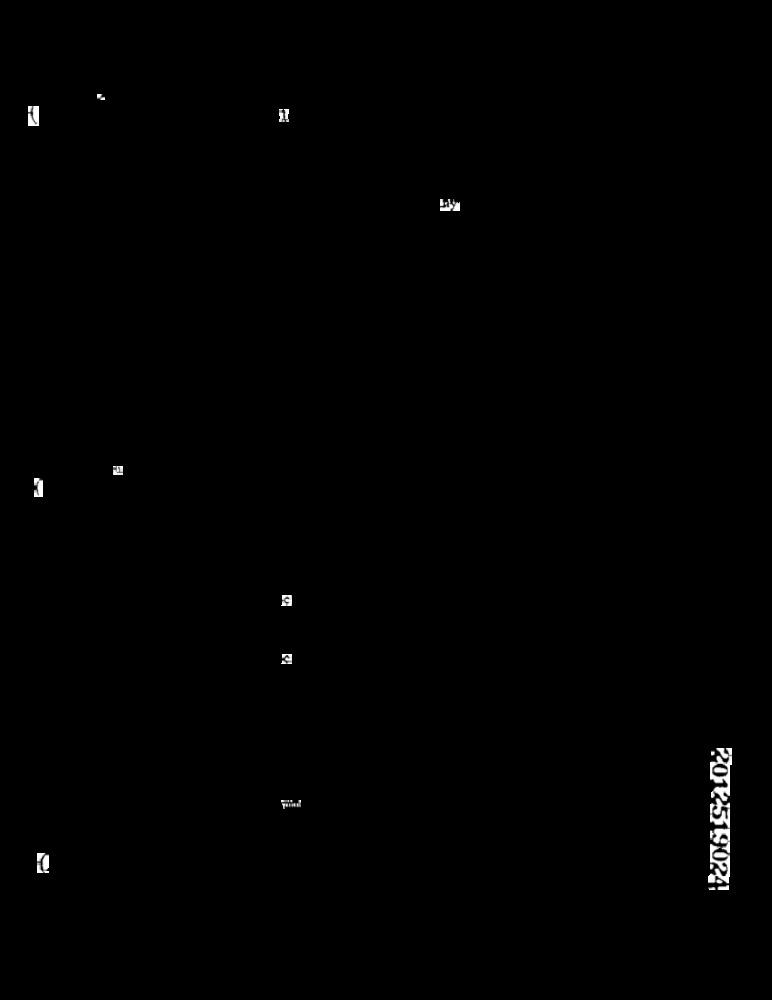
K
K
2012519024